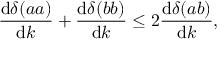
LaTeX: \frac { \mathrm { d } \delta ( a a ) } { \mathrm { d } k } + \frac { \mathrm { d } \delta ( b b ) } { \mathrm { d } k } \leq 2 \frac { \mathrm { d } \delta ( a b ) } { \mathrm { d } k } ,